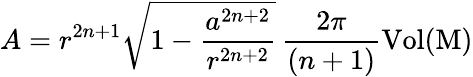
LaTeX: A=r^{2n+1}\sqrt{1-\frac{a^{2n+2}}{r^{2n+2}}}\, \frac{2\pi}{(n+1)}{\mathrm{Vol{(M)}}}